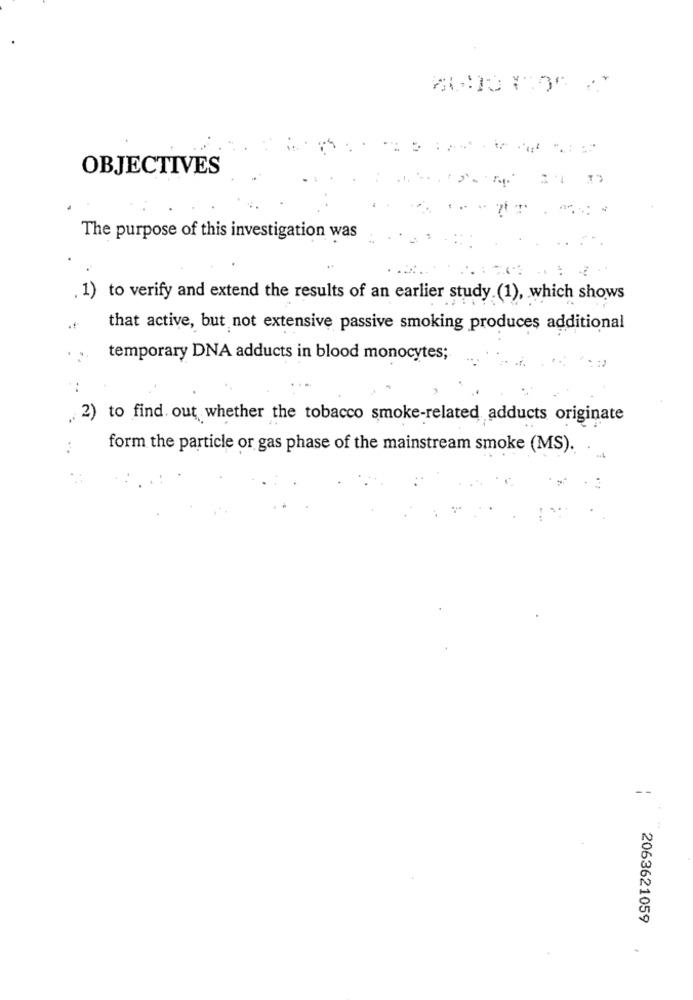
OBJECTIVES
The purpose of this investigation was
.....
1) to verify and extend the results of an earlier study.(1), which shows
that active, but not extensive passive smoking produces additional
temporary DNA adducts in blood monocytes;
2) to find out whether the tobacco smoke-related adducts originate
form the particle or gas phase of the mainstream smoke (MS).
--
2063621059